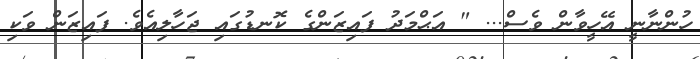
ހުންނާނީ އޭހީވާން ވެސް... " އަޙްމަދު ފައިޒަންގެ ކޮނޑުގައި ޖަހާލިއެވެ. ފައިޒަން ވަކި